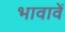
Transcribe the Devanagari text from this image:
भावावें